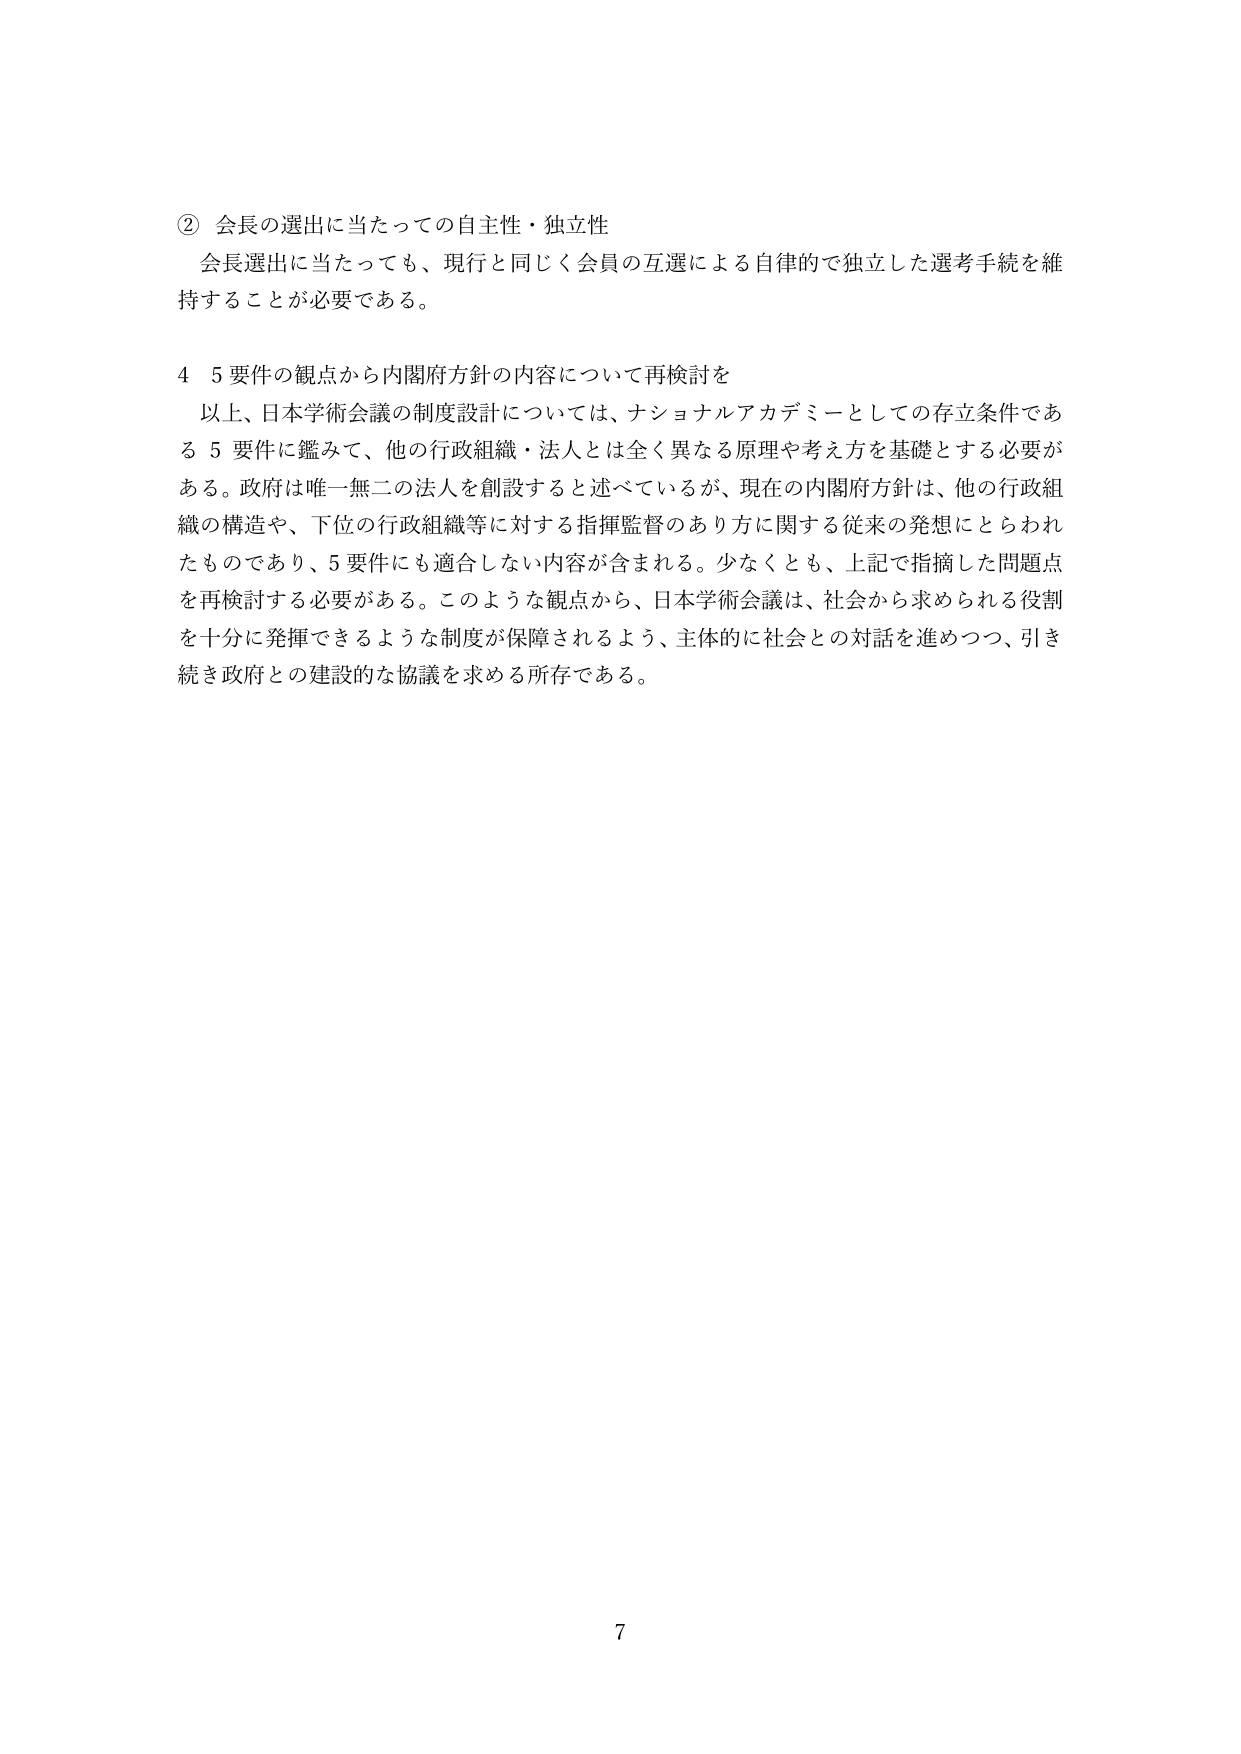
② 会長の選出に当たっての自主性・独立性
会長選出に当たっても、現行と同じく会員の互選による自律的で独立した選考手続を維持することが必要である。

4 5要件の観点から内閣府方針の内容について再検討を
以上、日本学術会議の制度設計については、ナショナルアカデミーとしての存立条件である5要件に鑑みて、他の行政組織・法人とは全く異なる原理や考え方を基礎とする必要がある。政府は唯一無二の法人を創設すると述べているが、現在の内閣府方針は、他の行政組織の構造や、下位の行政組織等に対する指揮監督のあり方に関する従来の発想にとらわれたものであり、5要件にも適合しない内容が含まれる。少なくとも、上記で指摘した問題点を再検討する必要がある。このような観点から、日本学術会議は、社会から求められる役割を十分に発揮できるような制度が保障されるよう、主体的に社会との対話を進めつつ、引き続き政府との建設的な協議を求める所存である。

7